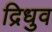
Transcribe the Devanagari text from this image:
द्रिधुव